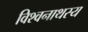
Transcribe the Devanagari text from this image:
विश्वनाथस्य